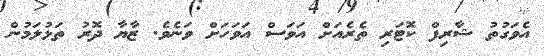
އެވަގުތު ޝާރިފް ކޮޓަރި ތެރެއަށް އަވަަސް އަވަހަށް ވަނެވެ. ޒާޔާ ދޮރު ތަޅުލަމުން